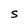
Character: S